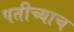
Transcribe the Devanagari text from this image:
पतीच्याच